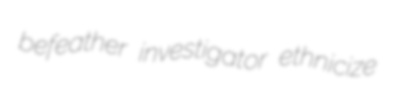
befeather investigator ethnicize